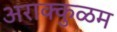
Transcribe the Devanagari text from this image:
अराक्कुळम